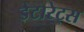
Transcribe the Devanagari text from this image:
डेटारेट्स